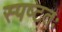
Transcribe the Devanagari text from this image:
स्पष्‍टतः